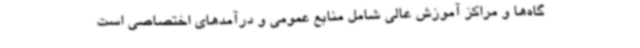
گاه‌ها و مراکز آموزش عالی شامل منابع عمومی و درآمدهای اختصاصی است